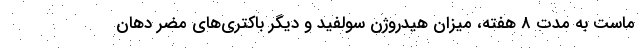
ماست به مدت ۸ هفته، میزان هیدروژن سولفید و دیگر باکتری‌های مضر دهان